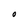
Character: O